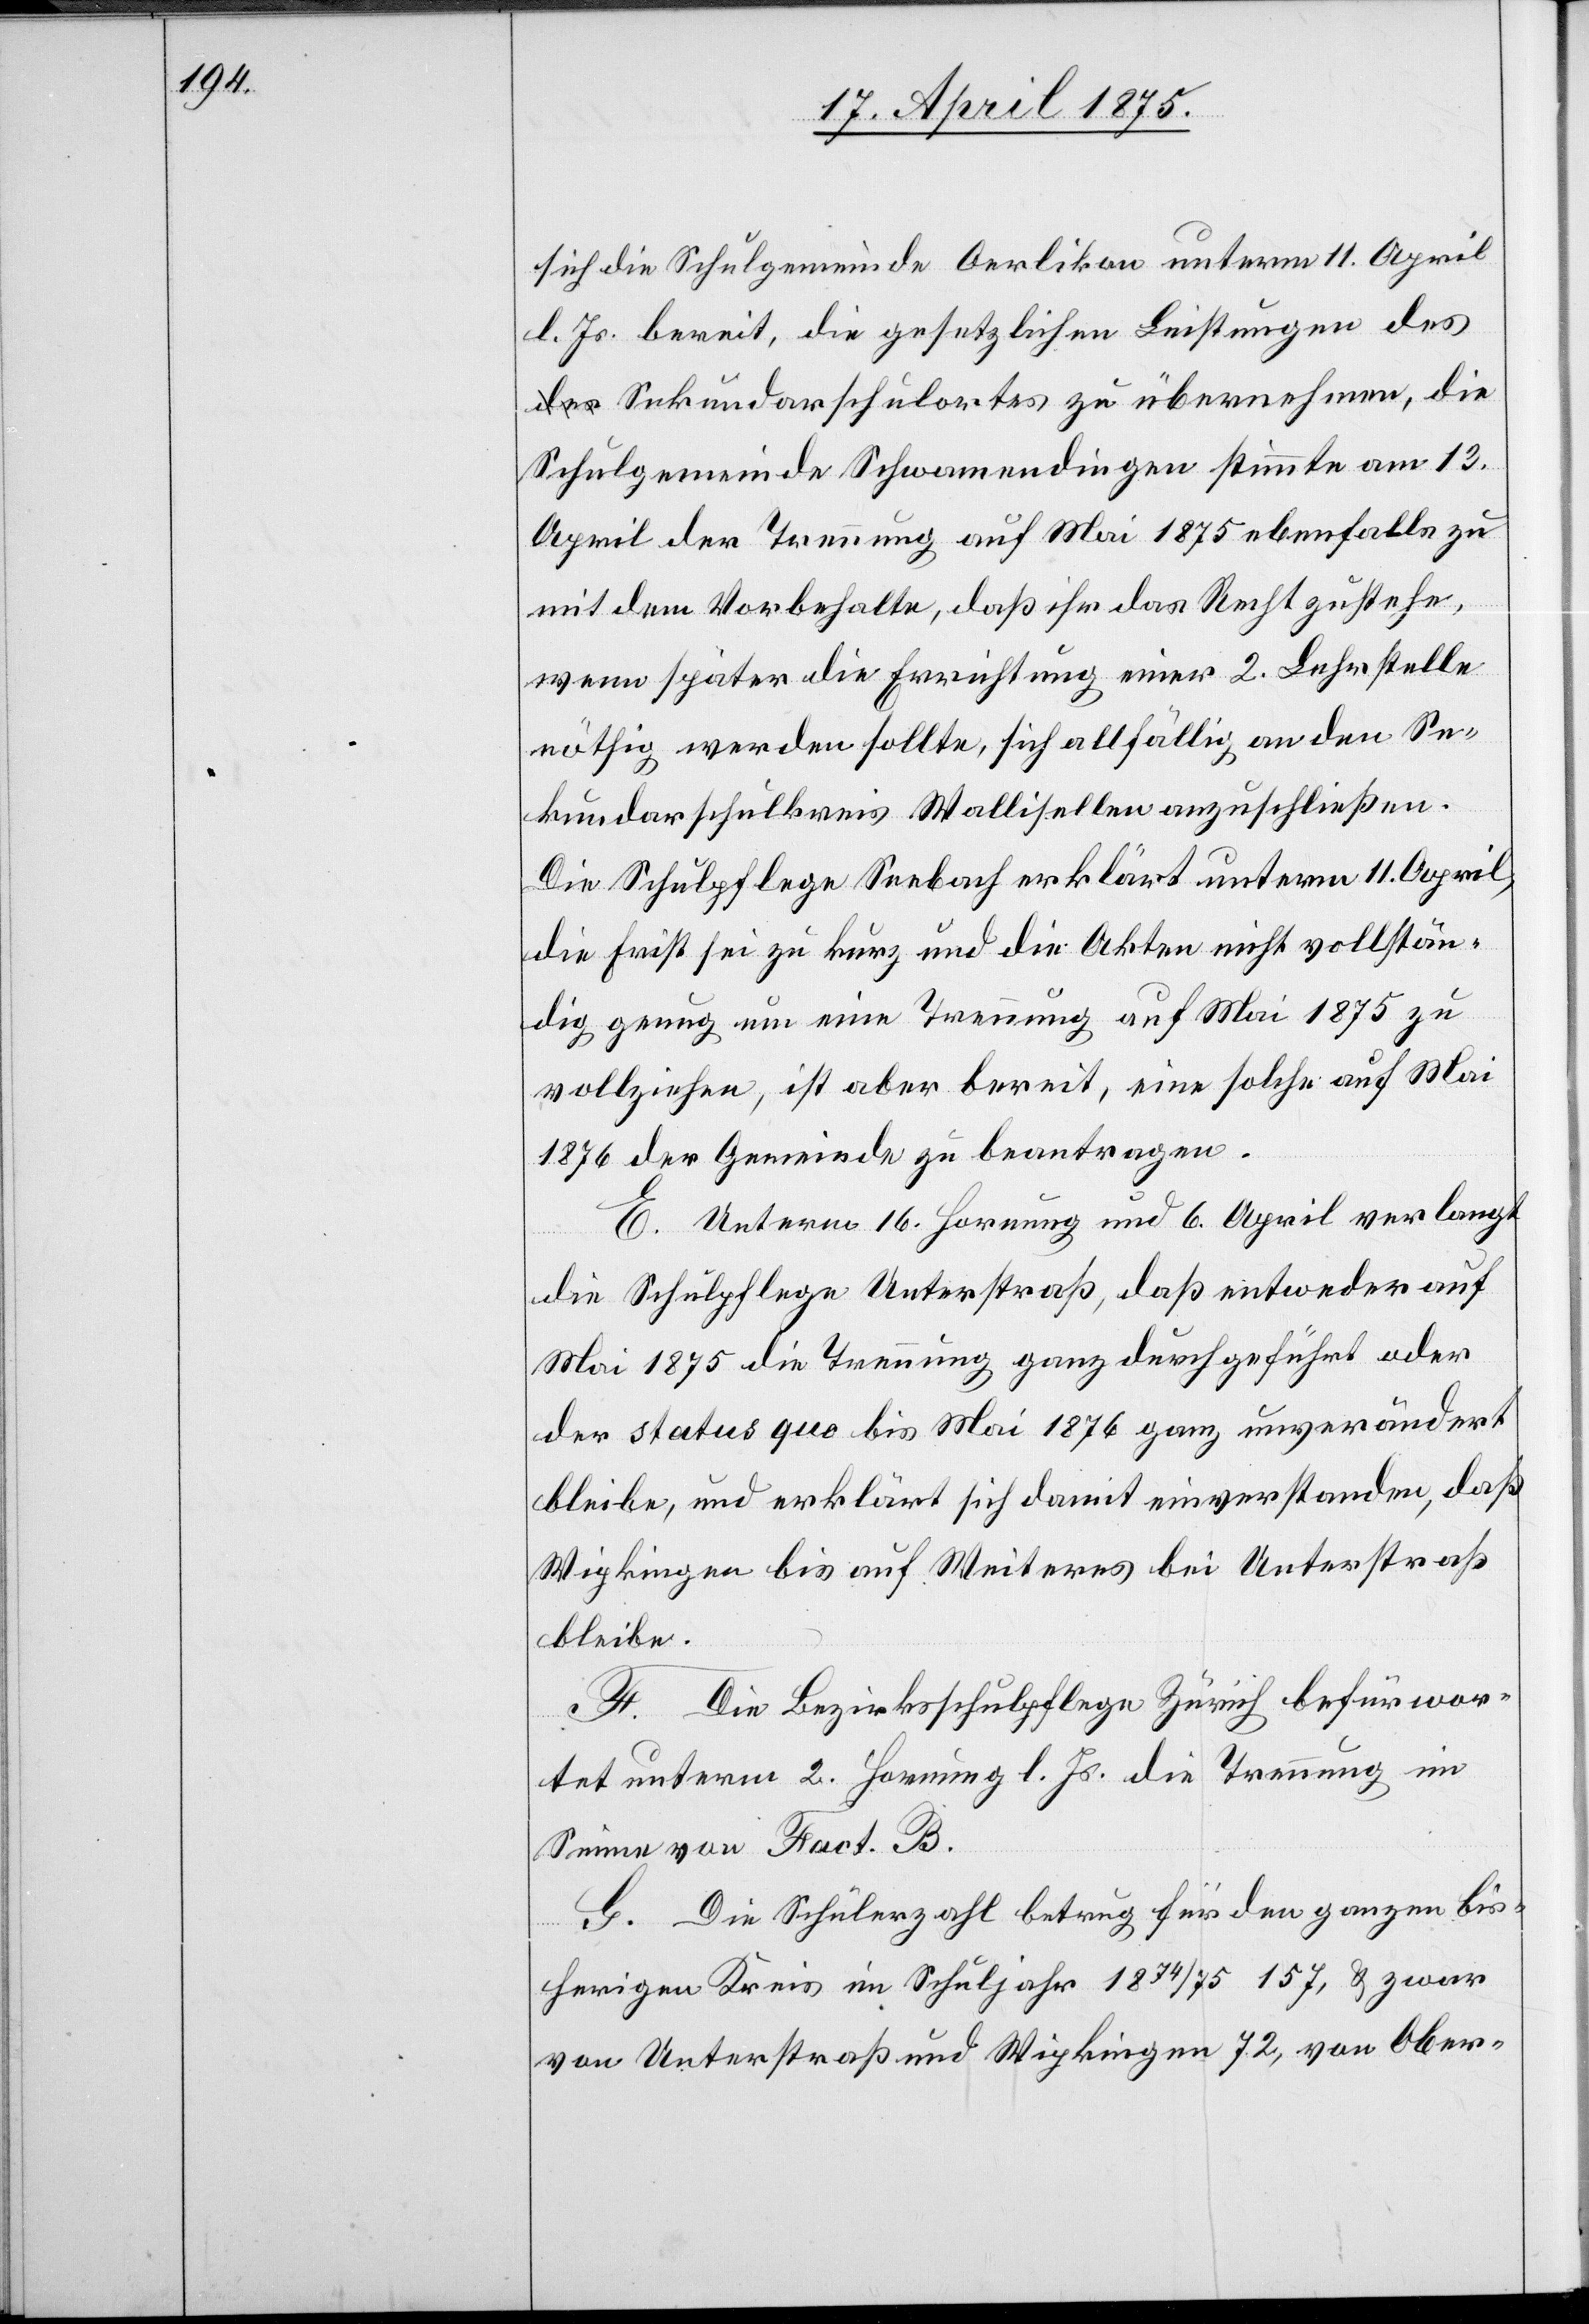
sich die Schulgemeinde Oerlikon unterm 11. April
d. Js. bereit, die gesetzlichen Leistungen des
Sekundarschulortes zu übernehmen, die
Schulgemeinde Schwamendingen stimmte am 13.
April der Trennung auf Mai 1875 ebenfalls zu
mit dem Vorbehalte, daß ihr das Recht zustehe,
wenn später die Errichtung einer 2. Lehrstelle
nöthig werden sollte, sich allfällig an den Se¬
kundarschulkreis Wallisellen anzuschließen.
Die Schulpflege Seebach erklärt unterm 11. April,
die Frist sei zu kurz und die Akten nicht vollstän¬
dig genug um eine Trennung auf Mai 1875 zu
vollziehen, ist aber bereit, eine solche auf Mai
1876 der Gemeinde zu beantragen.
E. Unterm 16. Hornung und 6. April verlangt
die Schulpflege Unterstraß, daß entweder auf
Mai 1875 die Trennung ganz durchgeführt oder
der status quo bis Mai 1876 ganz unverändert
bleibe, und erklärt sich damit einverstanden, daß
Wipkingen bis auf Weiteres bei Unterstraß
bleibe.
F. Die Bezirksschulpflege Zürich befürwor¬
Trennung im
tet unterm 2. Hornung l. Js. die
Sinne von Fact. B.
G. Die Schülerzahl betrug für den ganzen bis¬
herigen Kreis im Schuljahr 1874/75 157, & zwar
von Unterstraß und Wipkingen 72, von Ober-